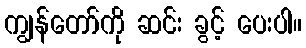
ကျွန်တော်ကို ဆင်း ခွင့် ပေးပါ။